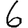
Digit: 6